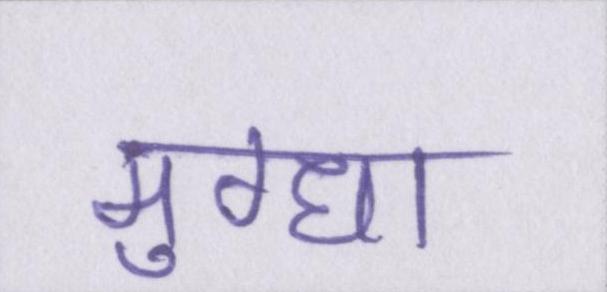
मुग्धा